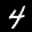
Label: 4